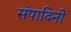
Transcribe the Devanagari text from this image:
संपादिनी